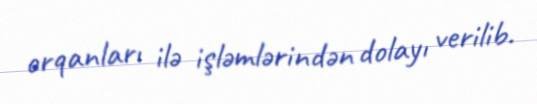
orqanları ilə işləmlərindən dolayı verilib.